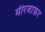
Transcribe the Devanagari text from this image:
मीरजाफ़र